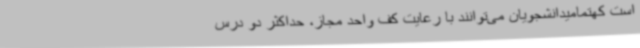
است کهتمامیدانشجویان می‌توانند با رعایت کف واحد مجاز، حداکثر دو درس